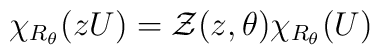
\chi_{R_\theta}(zU)={\cal Z}(z,\theta)\chi_{R_\theta}(U)